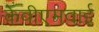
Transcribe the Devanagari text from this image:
केवीएमवाई